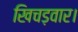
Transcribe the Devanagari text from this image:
खिचड़वार।